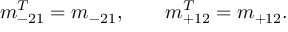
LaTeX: m _ { - 2 1 } ^ { T } = m _ { - 2 1 } , \qquad m _ { + 1 2 } ^ { T } = m _ { + 1 2 } .